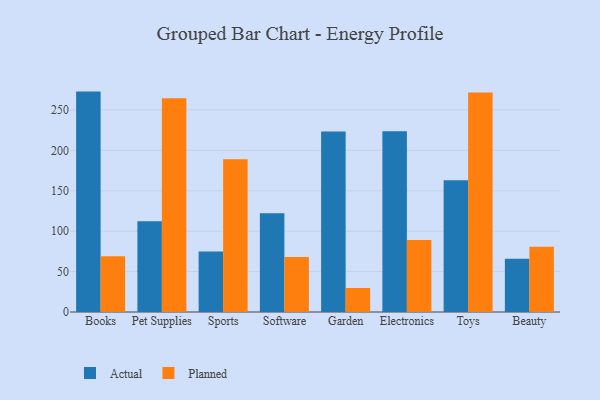
{"axis": {"x": "Category", "y": "Energy Usage (MWh)"}, "legend": ["Actual", "Planned"], "data": [{"x": "Books", "y": 272.7, "type": "Actual"}, {"x": "Books", "y": 69.1, "type": "Planned"}, {"x": "Pet Supplies", "y": 112.3, "type": "Actual"}, {"x": "Pet Supplies", "y": 264.5, "type": "Planned"}, {"x": "Sports", "y": 74.9, "type": "Actual"}, {"x": "Sports", "y": 189.0, "type": "Planned"}, {"x": "Software", "y": 122.3, "type": "Actual"}, {"x": "Software", "y": 68.0, "type": "Planned"}, {"x": "Garden", "y": 223.3, "type": "Actual"}, {"x": "Garden", "y": 29.7, "type": "Planned"}, {"x": "Electronics", "y": 223.7, "type": "Actual"}, {"x": "Electronics", "y": 89.1, "type": "Planned"}, {"x": "Toys", "y": 163.1, "type": "Actual"}, {"x": "Toys", "y": 271.7, "type": "Planned"}, {"x": "Beauty", "y": 65.9, "type": "Actual"}, {"x": "Beauty", "y": 80.7, "type": "Planned"}]}